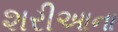
શરીઆના